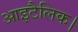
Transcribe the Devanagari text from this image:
आइटैलिक।